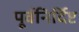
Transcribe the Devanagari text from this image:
पूर्वनिर्दिष्ट